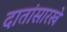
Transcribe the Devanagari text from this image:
दातांसारखे